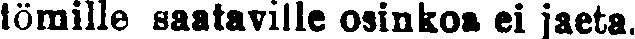
tömille saataville osinkoa ei jaeta.